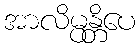
အာလိမ္ပန္တိပေ